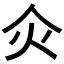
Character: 𤆅